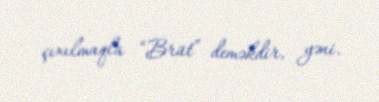
çıxılmaqla “Brüt” deməkdir, yəni.